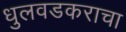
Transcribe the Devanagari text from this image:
धुलवडकराचा